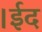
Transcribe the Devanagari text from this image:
।ईद